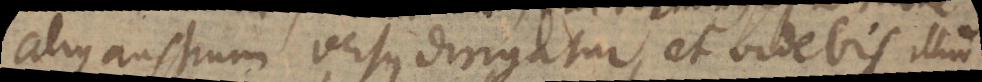
alius austrum versus dirigatur, et videbis illud